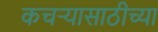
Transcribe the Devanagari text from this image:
कचऱ्यासाठीच्या